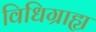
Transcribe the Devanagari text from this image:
विधिग्राह्य